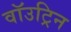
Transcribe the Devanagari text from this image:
वॉउट्रिन